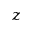
z